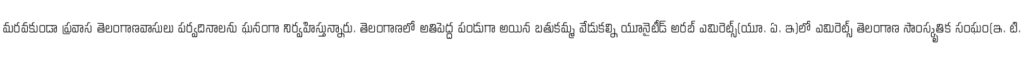
మరవకుండా ప్రవాస తెలంగాణవాసులు పర్వదినాలను ఘనంగా నిర్వహిస్తున్నారు. తెలంగాణలో అతిపెద్ద పండుగా అయిన బతుకమ్మ వేడుకల్ని యూనైటీడ్ అరబ్ ఎమిరెట్స్(యూ. ఏ. ఇ)లో ఎమిరెట్స్ తెలంగాణ సాంస్కృతిక సంఘం(ఇ. టి.